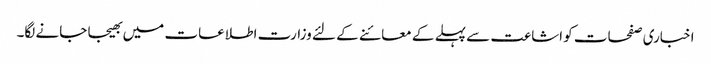
اخباری صفحات کو اشاعت سے پہلے کے معائنے کے لئے وزارت اطلاعات میں بھیجا جانے لگا۔